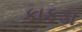
કાકડા